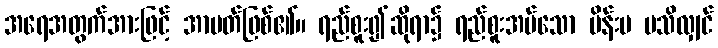
အရေအတွက်အားဖြင့် အာပတ်ဖြစ်၏။ ရည်စူး၍ဆိုရာ၌ ရည်စူးအပ်သော မိန်းမ မသိလျှင်